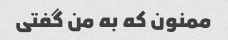
ممنون که به من گفتی